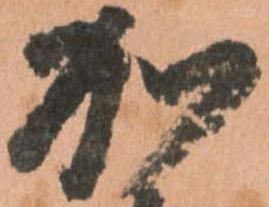
加